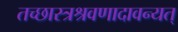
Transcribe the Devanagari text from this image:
तच्छास्त्रश्रवणादावन्यत्